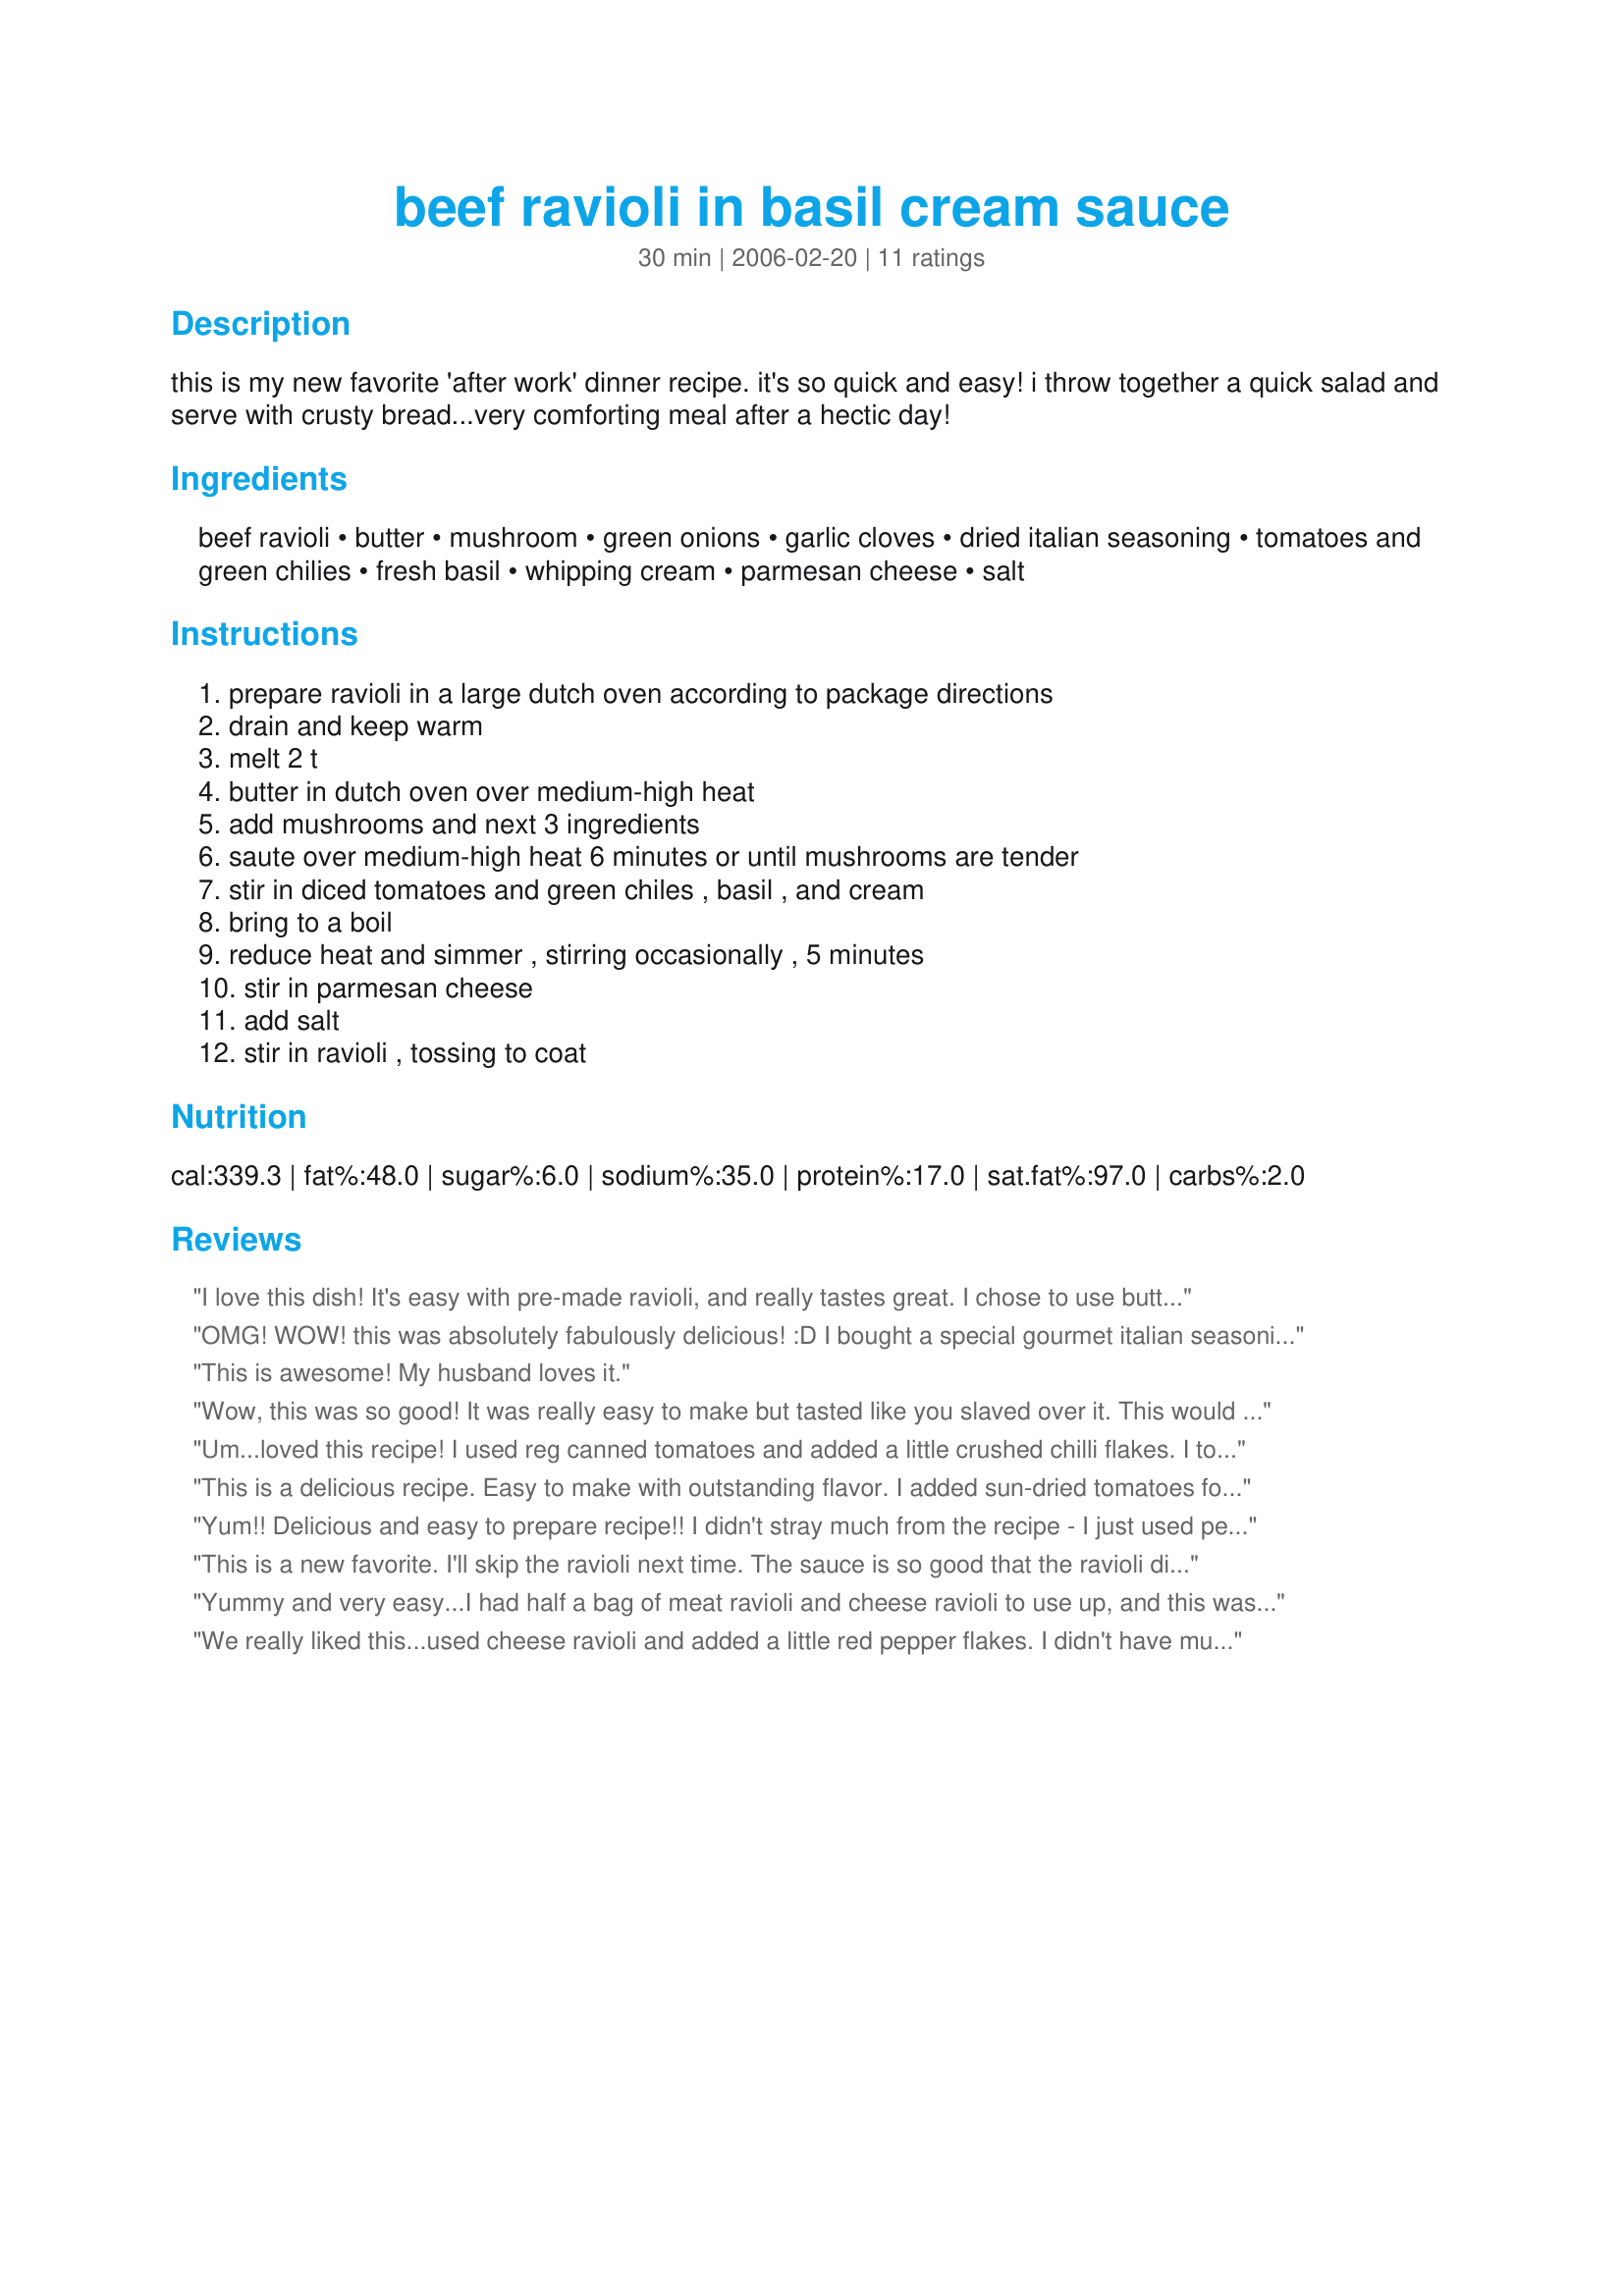
beef ravioli in basil cream sauce
Preparation time: 30 minutes

this is my new favorite 'after work' dinner recipe. it's so quick and easy! i throw together a quick salad and serve with crusty bread...very comforting meal after a hectic day!

Ingredients:
beef ravioli, butter, mushroom, green onions, garlic cloves, dried italian seasoning, tomatoes and green chilies, fresh basil, whipping cream, parmesan cheese, salt

Steps:
prepare ravioli in a large dutch oven according to package directions, drain and keep warm, melt 2 t, butter in dutch oven over medium-high heat, add mushrooms and next 3 ingredients, saute over medium-high heat 6 minutes or until mushrooms are tender, stir in diced tomatoes and green chiles , basil , and cream, bring to a boil, reduce heat and simmer , stirring occasionally , 5 minutes, stir in parmesan cheese, add salt, stir in ravioli , tossing to coat

Reviews:
I love this dish! It's easy with pre-made ravioli, and really tastes great. I chose to use butternut squash ravioli and I substituted evaporated milk for the cream. We're looking forward to having this again! From Southern Living Christmas Cookbook. Thanks for posting.
OMG! WOW! this was absolutely fabulously delicious! :D I bought a special gourmet italian seasoning that i added to it which made it even better - but im sure without it, it would've been just fine. For anyone that has guests too impress this is a sure winner!
This is awesome! My husband loves it.
Wow, this was so good! It was really easy to make but tasted like you slaved over it. This would be a really great dish to make if you are having company over - they will never know how easy it was but will be extremely impressed. Thanks!
Um...loved this recipe! I used reg canned tomatoes and added a little crushed chilli flakes. I topped with extra parmesan and fresh basil.
Served with garlic bread and a green salad it made for a wonderful meal. Thanks for sharing....I will be making this again.
This is a delicious recipe. Easy to make with outstanding flavor. I added sun-dried tomatoes for more flavor. Wonderful!
Yum!! Delicious and easy to prepare recipe!! I didn't stray much from the recipe - I just used petite diced tomates instead of the ones with chiles. It turned out wonderful!
This is a new favorite. I'll skip the ravioli next time. The sauce is so good that the ravioli distracts from it. My teenager ate all of it.
Yummy and very easy...I had half a bag of meat ravioli and cheese ravioli to use up, and this was perfect! Thanks you for sharing.
We really liked this...used cheese ravioli and added a little red pepper flakes. I didn't have mushrooms so I used some green peppers instead. My poor bf was looking for more after his second helping but it was all gone :P
Other than using cheese ravioli I followed the recipe. The reward was a delicious dinner & a recipe to add to my make again file. Thank you for sharing the recipe!
